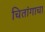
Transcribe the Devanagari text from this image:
चितांगाचा